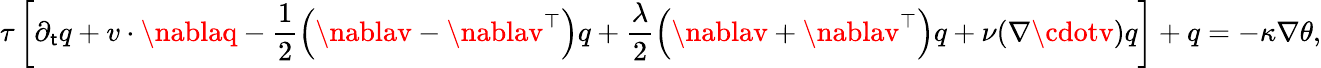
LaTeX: \tau\left[\partial_{\mathsf{t}}q+v\cdot\nablaq-\frac{{1}}{{2}}\left(\nablav-\nablav^{\top}\right)q+\frac{{\lambda}}{{2}}\left(\nablav+\nablav^{\top}\right)q+\nu(\nabla\cdotv)q\right]+q=-\kappa\nabla\theta,